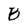
Character: B